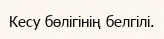
Кесу бөлігінің белгілі.